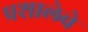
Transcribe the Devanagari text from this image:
प्रशालेचे